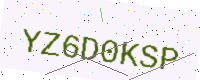
Text: YZ6D0KSP